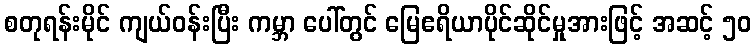
စတုရန်းမိုင် ကျယ်ဝန်းပြီး ကမ္ဘာ ပေါ်တွင် မြေဧရိယာပိုင်ဆိုင်မှုအားဖြင့် အဆင့် ၅၀